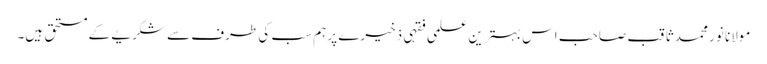
مولانا نور محمد ثاقب صاحب اس بہترین علمی فقہی ذخیرے پر ہم سب کی طرف سے شکریے کے مستحق ہیں۔